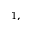
^ { 1 , }